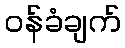
ဝန်ခံချက်